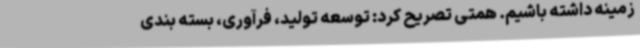
زمینه داشته باشیم. همتی تصریح کرد: توسعه تولید، فرآوری، بسته بندی